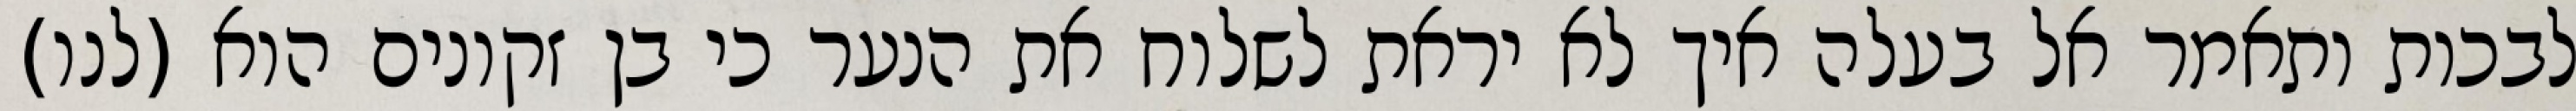
לבכות ותאמר אל בעלה איך לא יראת לשלוח את הנער כי בן זקונים הוא (לנו)